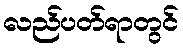
လည်ပတ်ရာတွင်